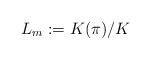
LaTeX: \begin{align*} L_m:=K(\pi)/K\end{align*}